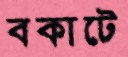
বকাটে